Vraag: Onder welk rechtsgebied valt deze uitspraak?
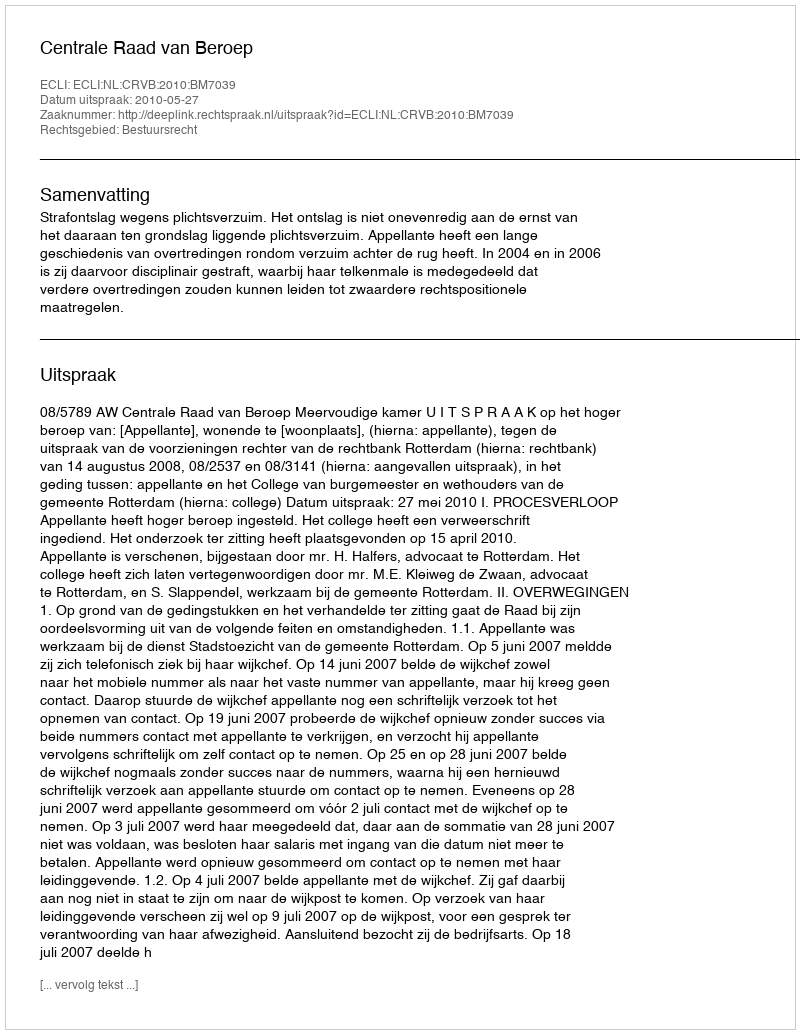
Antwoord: Bestuursrecht